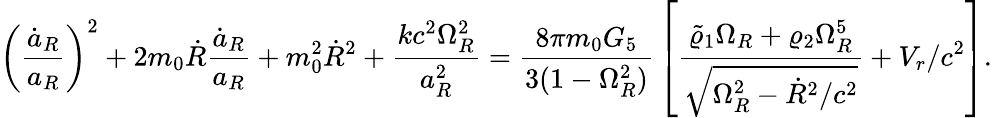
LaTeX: \left({\frac{\dot{a}_{R}}{a_{R}}}\right)^{2}+2m_{0}\dot{R}{\frac{\dot{a}_{R}}{a_{R}}}+m_{0}^{2}\dot{R}^{2}+{\frac{kc^{2}\Omega_{R}^{2}}{a_{R}^{2}}}={\frac{8\pi m_{0}G_{5}}{3(1-\Omega_{R}^{2})}}\left[{\frac{\tilde{\varrho}_{1}\Omega_{R}+\varrho_{2}\Omega_{R}^{5}}{\sqrt{\Omega_{R}^{2}-\dot{R}^{2}/c^{2}}}}+V_{r}/c^{2}\right].